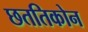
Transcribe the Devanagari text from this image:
छततिकोन